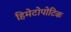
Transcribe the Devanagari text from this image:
हिमेटोपोटिक